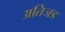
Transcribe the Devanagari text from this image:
अतिजड